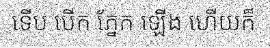
ទើប បើក ភ្នែក ឡើង ហើយក៏